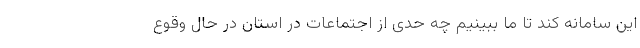
این سامانه کند تا ما ببینیم چه حدی از اجتماعات در استان در حال وقوع